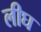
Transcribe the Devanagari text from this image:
लीघ